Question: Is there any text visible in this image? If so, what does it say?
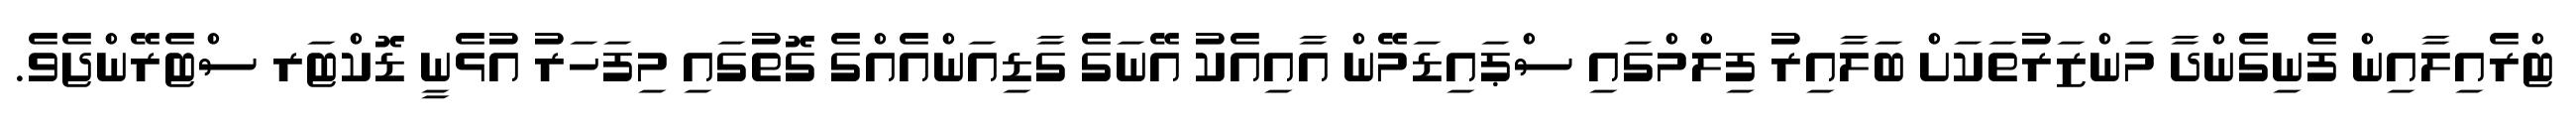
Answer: ޓްރެއިލާއިން ފެނިގެންދާ މަންޒަރުތަކަށް ބަލާއިރު ފިލްމްގައި ސްޕައިޑަމޭން އާއިއެކު އޭނަގެ ގާޑިއަންއެއްގެ ގޮތުގައި މިފަހަރު އުޅެނީ ޑޮކްޓަރ ސްޓެރޭންޖެވެ.